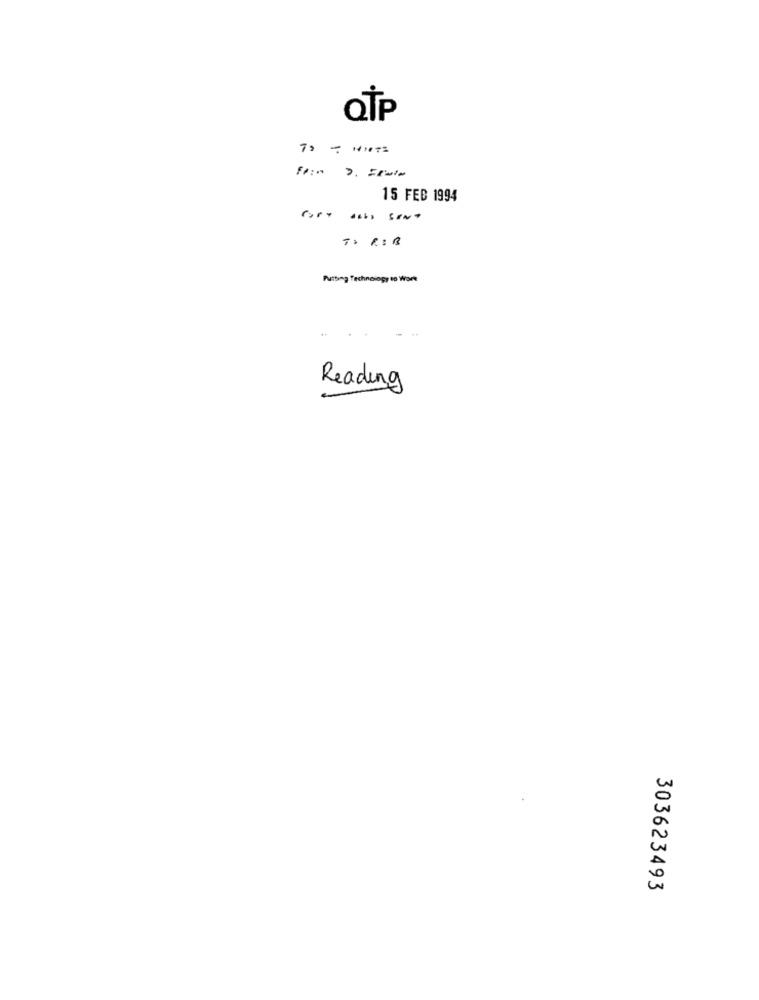
Fr: 3. IRWIN
15 FEB 1994
TRIB
Putting Technology to Work
..
Reading
303623493